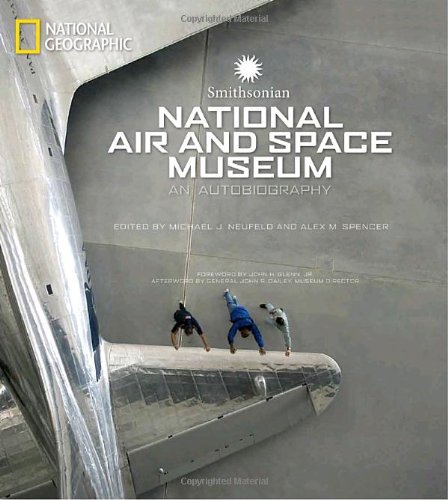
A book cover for Smithsonian National Air and Space Museum: An Autobiography; Business & Money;